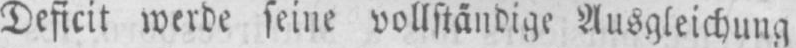
Deficit werde seine vollständige Ausgleichung